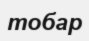
тобар